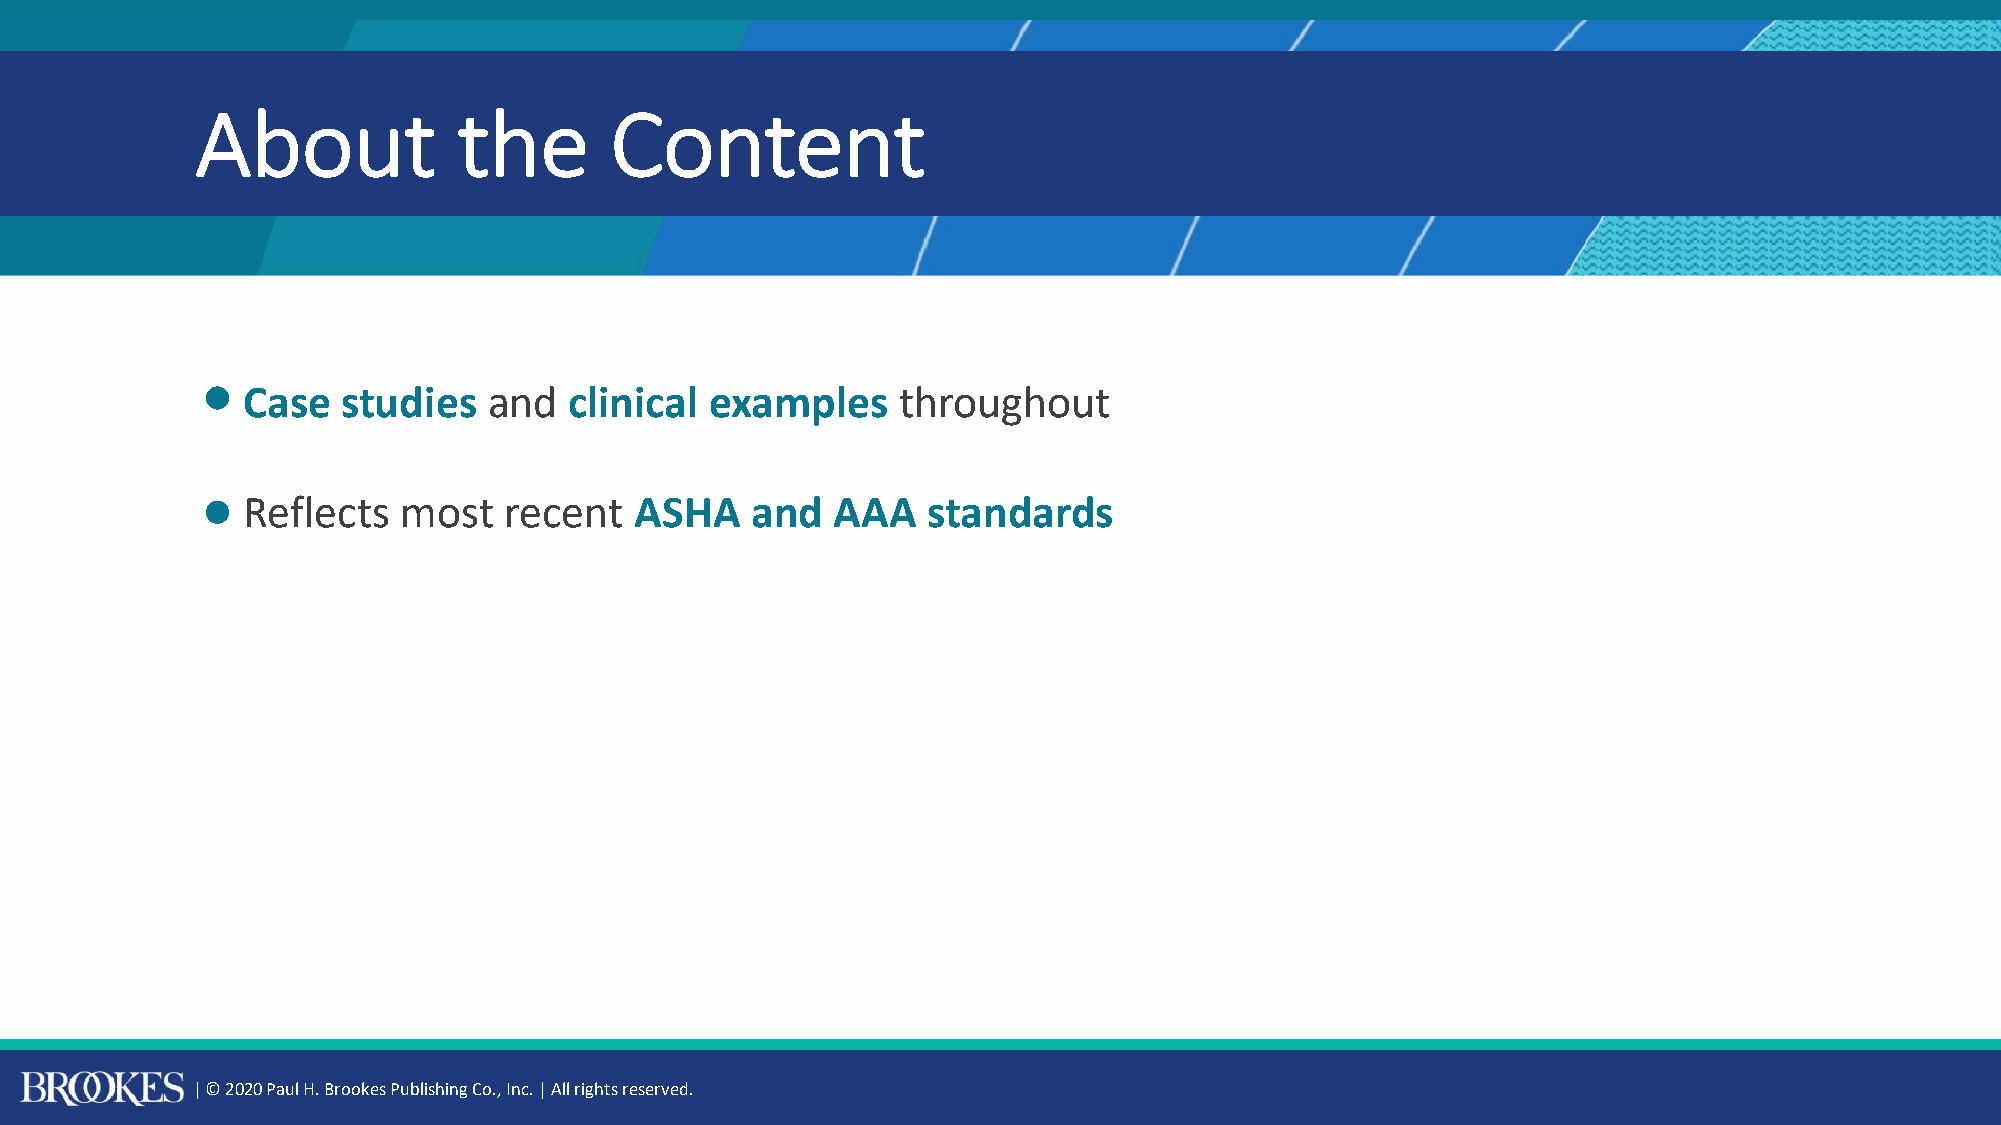
About            the       Content
 ◦ Case   studies  and   clinical examples    throughout
 ◦ Reflects  most   recent   ASHA    and  AAA   standards
 | © 2020 Paul H. Brookes Publishing Co., Inc. | All rights reserved.